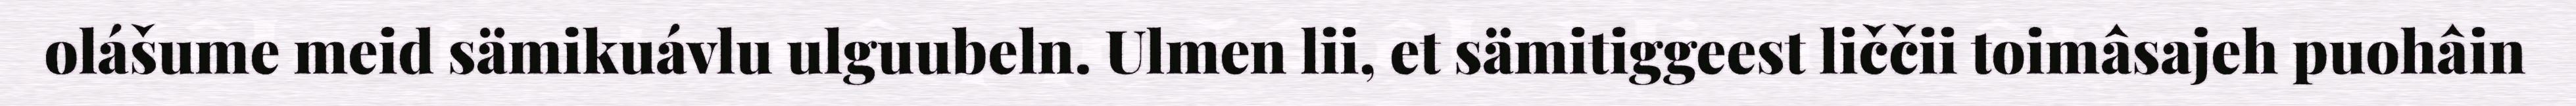
olášume meid sämikuávlu ulguubeln. Ulmen lii, et sämitiggeest liččii toimâsajeh puohâin